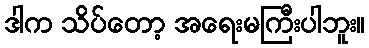
ဒါက သိပ်တော့ အရေးမကြီးပါဘူး။